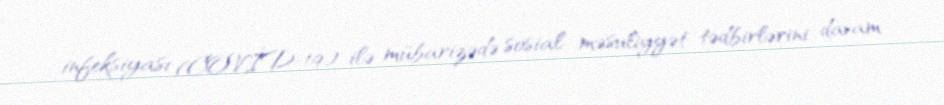
infeksiyası (COVİD-19) ilə mübarizədə sosial məsuliyyət tədbirlərini davam